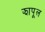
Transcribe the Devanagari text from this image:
झापूल